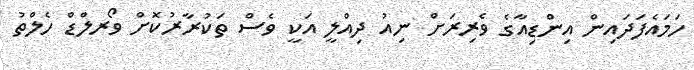
ހަމައެފަދައިން އިންޑިއާގެ ވެރިރަށް ނިއު ދިއްލީ އަކީ ވެސް ތަކުރާރުކޮށް ވޯރލްޑް ހެލްތު